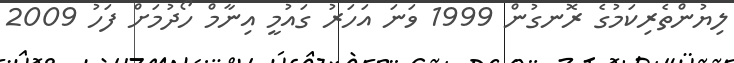
ލިޔުންތެރިކަމުގެ ރޮނގުން 1999 ވަނަ އަހަރު ގައުމީ އިނާމް ހޯދުމަށް ފަހު 2009